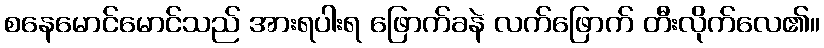
စနေမောင်မောင်သည် အားရပါးရ ဖြောက်ခနဲ လက်ဖြောက် တီးလိုက်လေ၏။